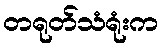
တရုတ်သံရုံးက